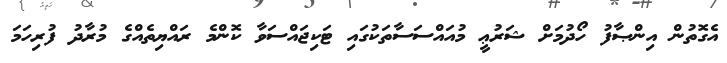
އެގޮތުން އިންޞާފު ހޯދުމަށް ޝަރުޢީ މުއައްސަސާތަކުގައި ޓަކިޖައްސަވާ ކޮންމެ ރައްޔިތެއްގެ މުރާދު ފުރިހަމަ